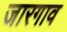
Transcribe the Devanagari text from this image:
जारगाव